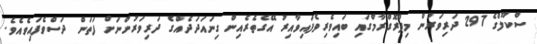
ސްކޫލްގެ 297 ދަރިވަރުން މިޕްރޮގްރާމްގައި ބައިވެރިވެފައިވާއިރު އޭގެތެރެއިން ގިނައަދަދެއްގެ ދަރިވަރުންނަށް ފަތަން ދަސްވެފައިވެއެވެ.